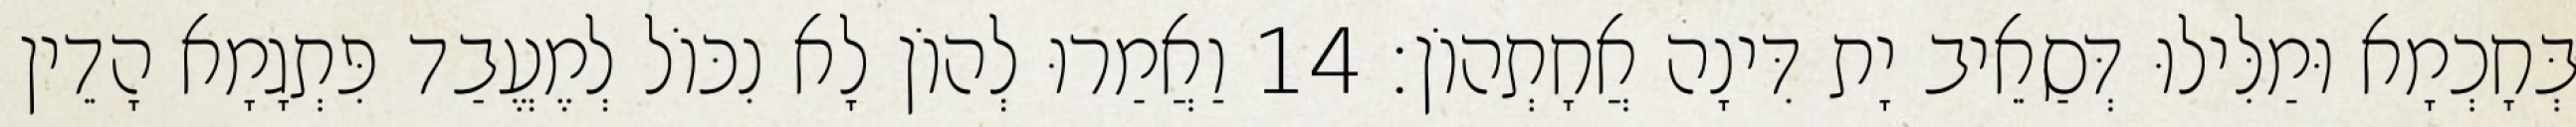
בְּחָכְמָא וּמַלִּילוּ דְּסַאֵיב יָת דִּינָה אֲחָתְהוֹן׃ 14 וַאֲמַרוּ לְהוֹן לָא נִכּוֹל לְמֶעֱבַד פִּתְגָמָא הָדֵין